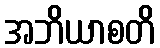
အဘိယာစတိ